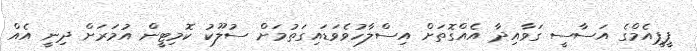
ޕީޕީއެމްގެ އަސާސީ ގަވާއިދާ އެއްގޮތަށް އިސްލާހުވެވަޑައިގަތުމަށް ސުލޫކު ކޮމިޓީން އުމަރަށް ދިނީ އެއް